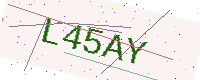
Text: L45AY